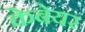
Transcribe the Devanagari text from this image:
केबेयर